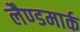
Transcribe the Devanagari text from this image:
लैण्‍डमार्क